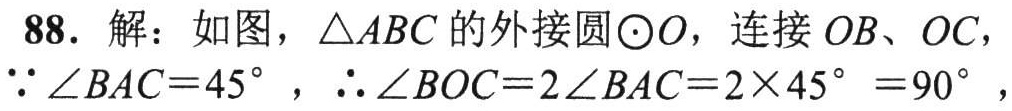
88. 解：如图，\(\triangle ABC\)的外接圆\(\odot O\)，连接 \(OB\)、\(OC\)，
\(\because \angle BAC = 45^{\circ}\)，\(\therefore \angle BOC = 2\angle BAC=2\times45^{\circ}=90^{\circ}\)，